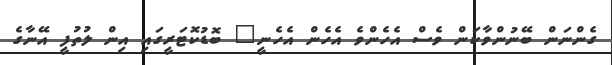
ގެންނަން ބޭނުންވާކަން ވެސް އެހެންވެ އެހެން އެހެނީ" ބޮޑުކޮޓަރީގައި އިން ލުތުފީ އޭނާގެ